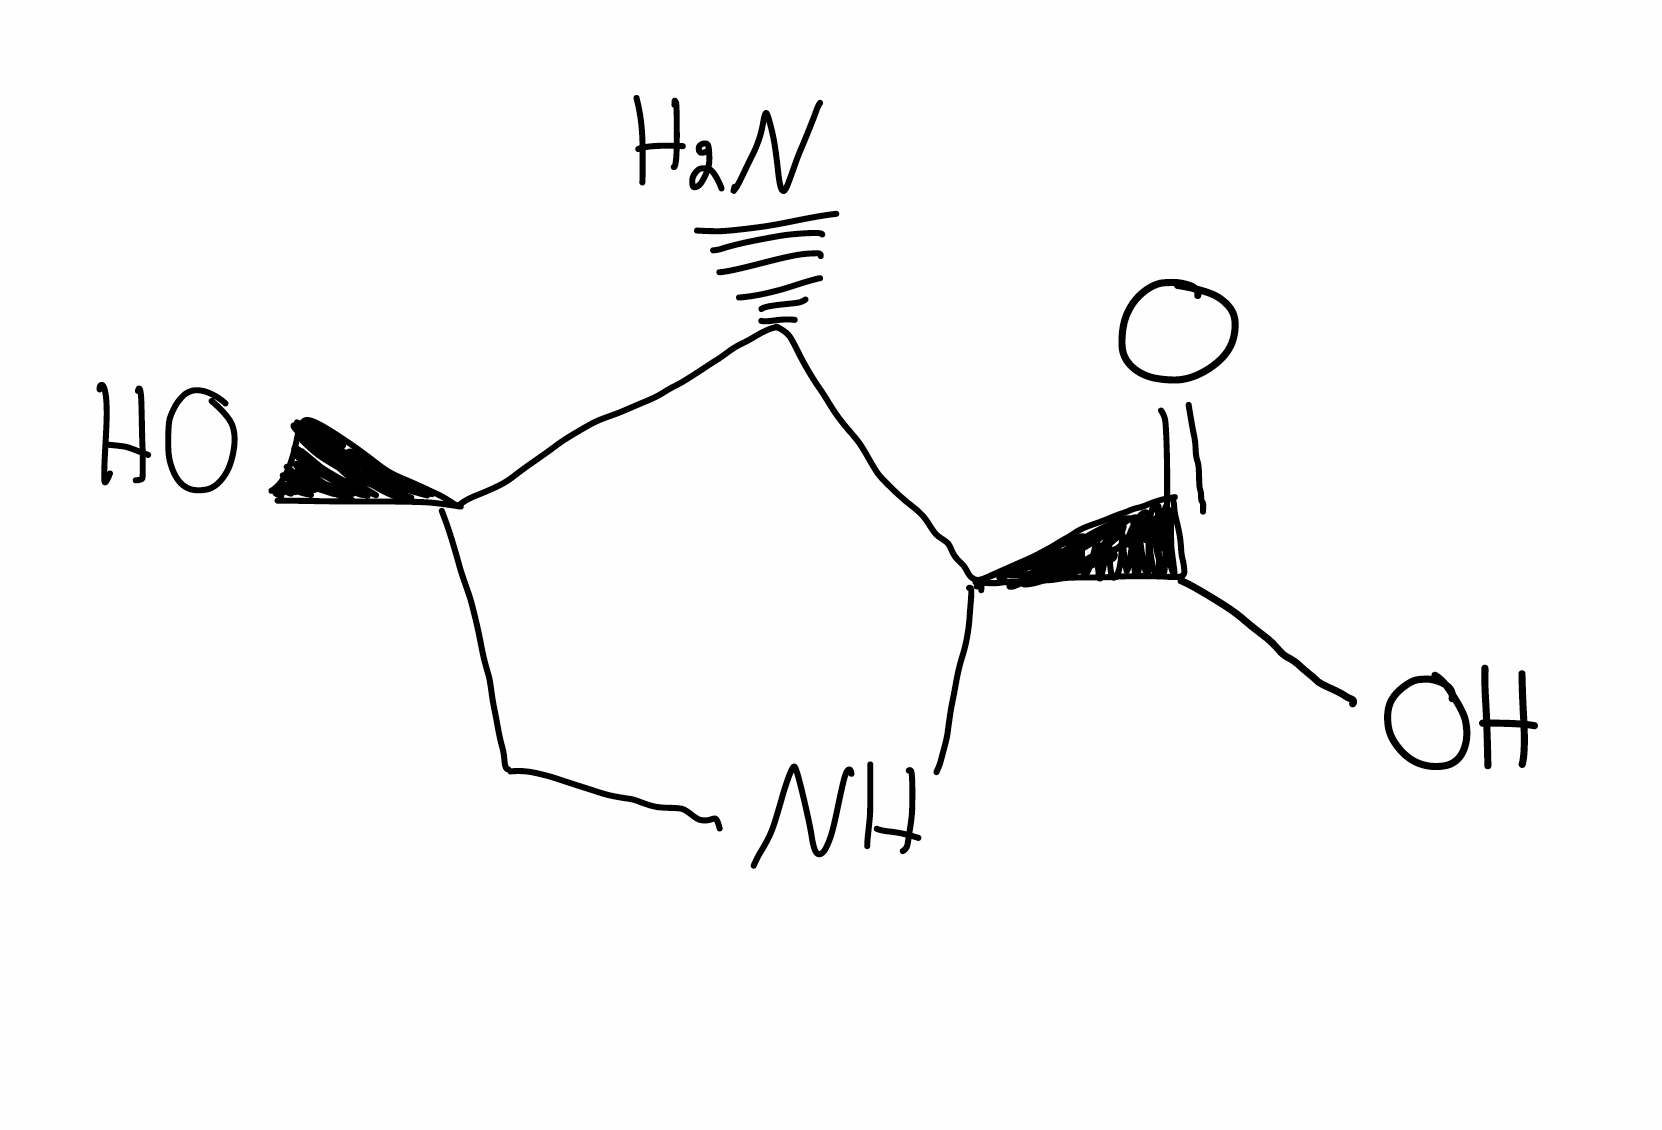
Simplified molecular-input line-entry system (SMILES) notation of the given molecule:
C1[C@H]([C@@H]([C@H](N1)C(=O)O)N)O